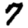
Digit: 7